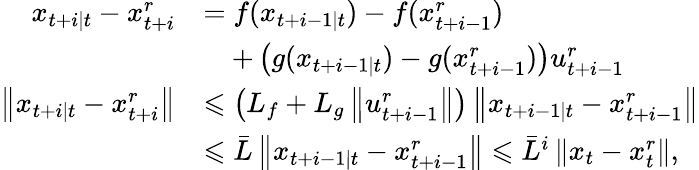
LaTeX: \begin{array}{rl}{x_{t+i\mid t}-x_{t+i}^{r}}&{=f(x_{t+i-1\mid t})-f(x_{t+i-1}^{r})}\\ &{\quad+\left(g(x_{t+i-1\mid t})-g(x_{t+i-1}^{r})\right)u_{t+i-1}^{r}}\\ {\left\| x_{t+i\mid t}-x_{t+i}^{r}\right\| }&{\leqslant\left(L_{f}+L_{g}\left\| u_{t+i-1}^{r}\right\| \right)\left\| x_{t+i-1\mid t}-x_{t+i-1}^{r}\right\| }\\ &{\leqslant\bar{L}\left\| x_{t+i-1\mid t}-x_{t+i-1}^{r}\right\| \leqslant\bar{L}^{i}\left\| x_{t}-x_{t}^{r}\right\| ,}\end{array}